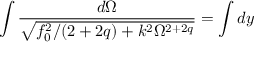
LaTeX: \int \frac { d \Omega } { \sqrt { f _ { 0 } ^ { 2 } / ( 2 + 2 q ) + k ^ { 2 } \Omega ^ { 2 + 2 q } } } = \int d y